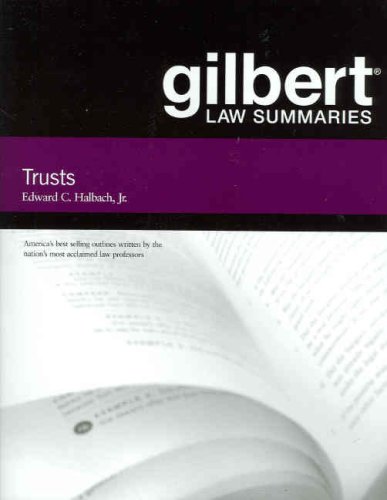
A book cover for Gilbert Law Summaries on Trusts; Edward Halbach Jr; Law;